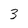
Character: 3